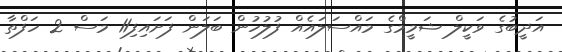
އަދީބުގެ ވަކީލް ޝަމީމްގެ މައްސަލައެއް ފުލުހުން ބަލަން ފަށައިފި11 މަސް 2 ހަފްތާ